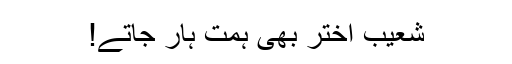
شعیب اختر بھی ہمت ہار جاتے!